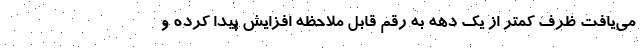
می‌یافت ظرف کمتر از یک دهه به رقم قابل ملاحظه افزایش پیدا کرده و